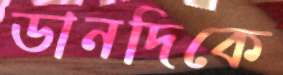
ডানদিকে